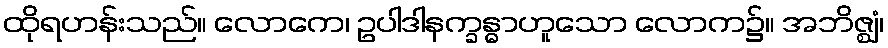
ထိုရဟန်းသည်။ လောကေ၊ ဥပါဒါနက္ခန္ဓာဟူသော လောက၌။ အဘိဇ္ဈံ၊